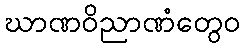
ဃာဏဝိညာဏံတွေဝ